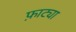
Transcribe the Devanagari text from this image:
फ़ाट्या